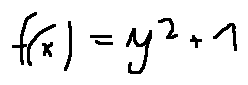
f ( x ) = y ^ { 2 } + 1